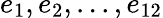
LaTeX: e_{1},e_{2},...,e_{12}